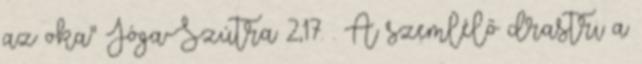
az oka" Jóga-Szútra 2,17. . A szemlélő drastri a